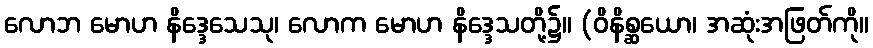
လောဘ မောဟ နိဒ္ဒေသေသု၊ လောက မောဟ နိဒ္ဒေသတို့၌။ (ဝိနိစ္ဆယော၊ အဆုံးအဖြတ်ကို။